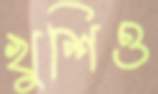
খুশিও